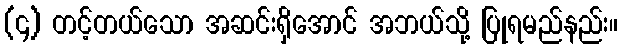
(၄) တင့်တယ်သော အဆင်းရှိအောင် အဘယ်သို့ ပြုရမည်နည်း။